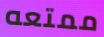
ممتعه